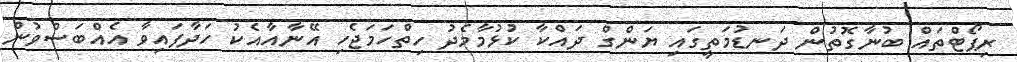
ރިޕޯޓްތައް ބުނާގޮތުން ދަނޑުމަތީގައި ޔަންގް ދައްކާ ކުޅުމާމެދު ހިތްހަމަޖެހި އޭނާއާއެކު ހަދާފައިވާ އެއްބަސްވުން